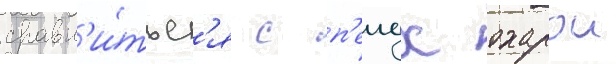
сравн'и́тьс'я с п'еидж охарои